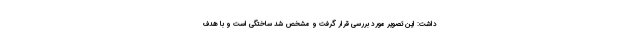
داشت: این تصویر مورد بررسی قرار گرفت و مشخص شد ساختگی است و با هدف